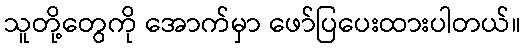
သူတို့တွေကို အောက်မှာ ဖော်ပြပေးထားပါတယ်။